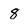
Character: 8